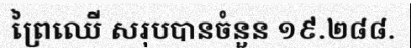
ព្រៃឈើ សរុបបានចំនួន ១៩.២៨៨.